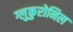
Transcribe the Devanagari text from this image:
ग्लुकुरोनिल